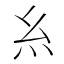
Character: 糹